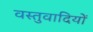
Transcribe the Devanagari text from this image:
वस्तुवादियों